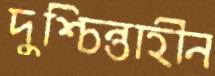
দুশ্চিন্তাহীন